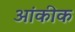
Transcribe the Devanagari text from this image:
आंकीक